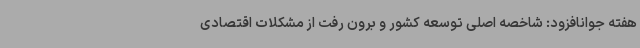
هفته جوانافزود: شاخصه اصلی توسعه کشور و برون رفت از مشکلات اقتصادی